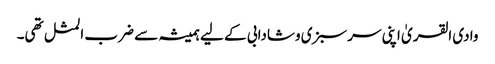
وادی القریٰ اپنی سرسبزی وشادابی کے لیے ہمیشہ سے ضرب المثل تھی۔